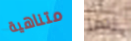
متناهية ربما